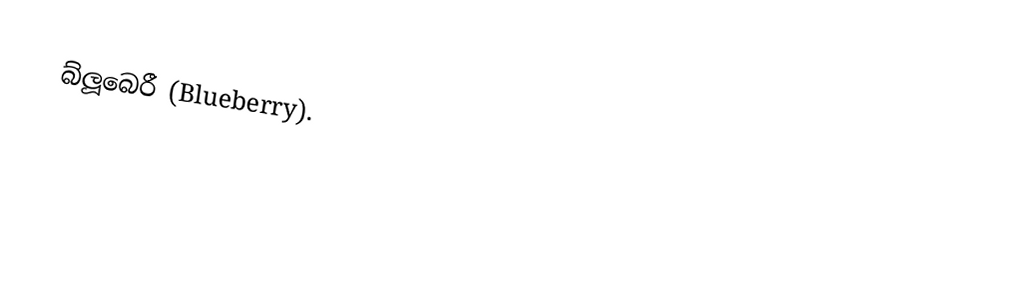
බ්ලූබෙරී (Blueberry).